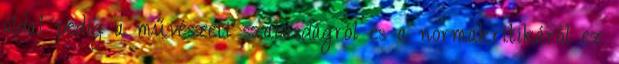
oldal pedig a művészeti szabasdágról és a normakritikáról ez